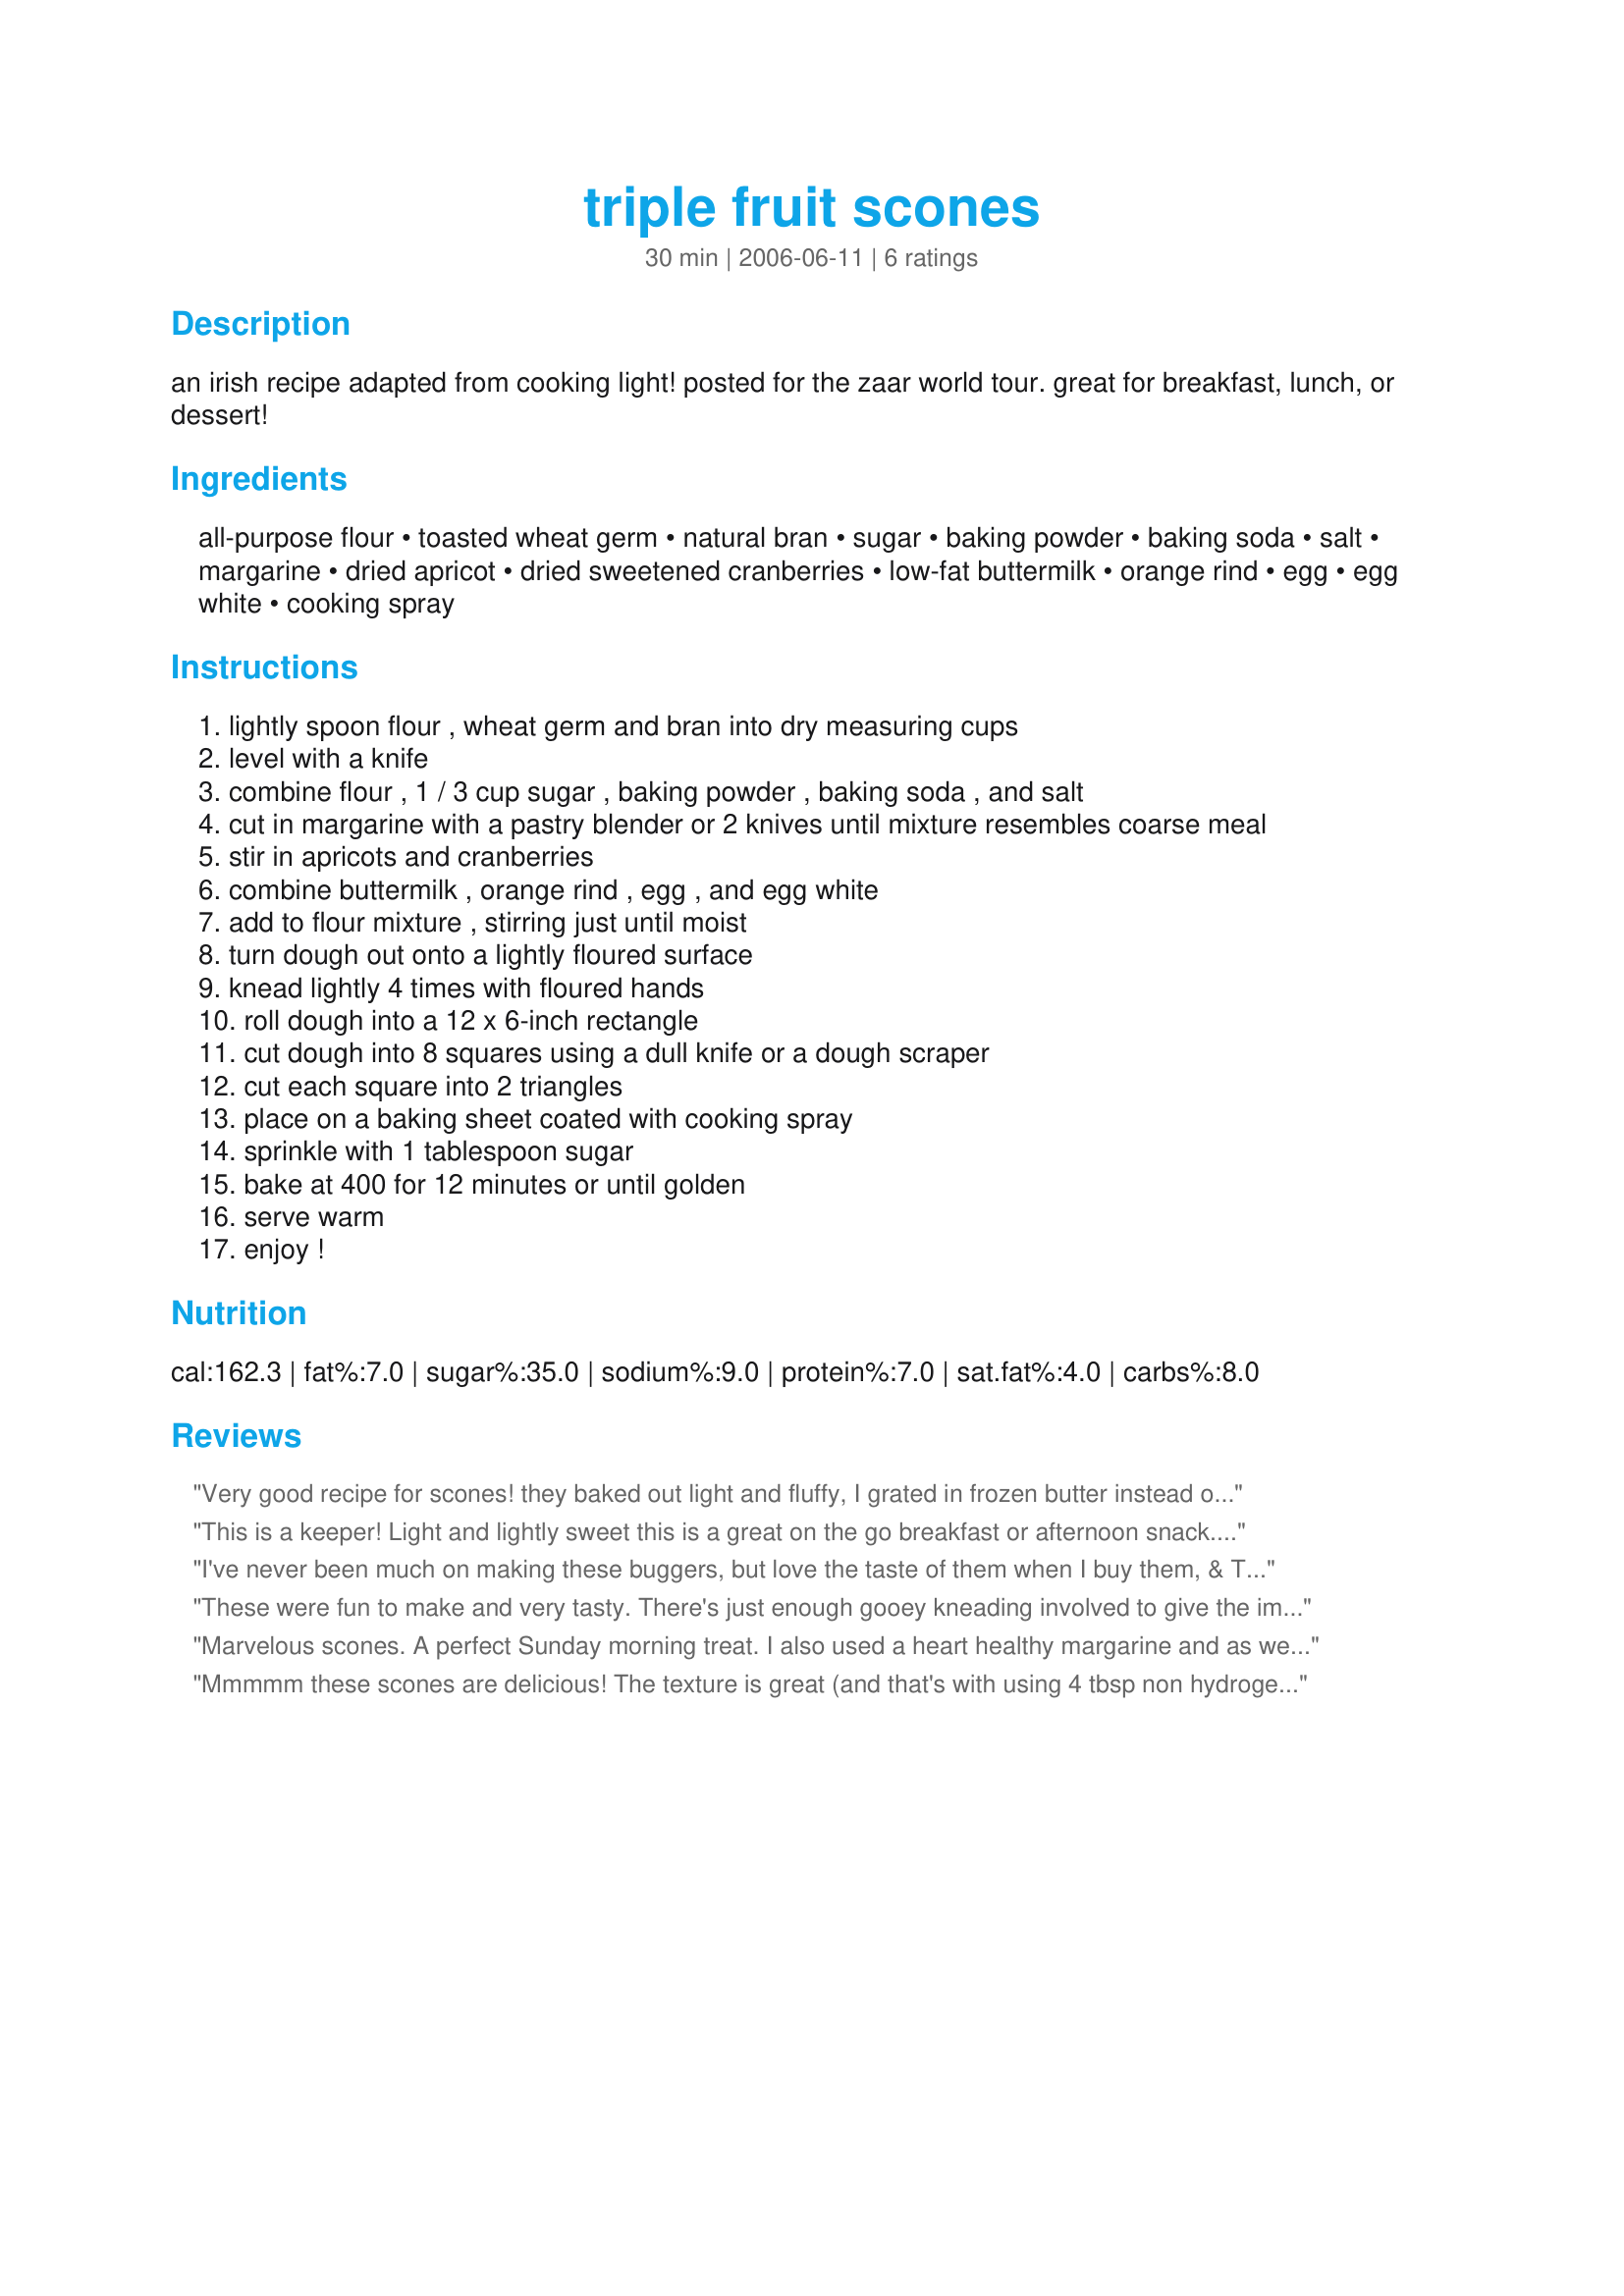
triple fruit scones
Preparation time: 30 minutes

an irish recipe adapted from cooking light! posted for the zaar world tour. great for breakfast, lunch, or dessert!

Ingredients:
all-purpose flour, toasted wheat germ, natural bran, sugar, baking powder, baking soda, salt, margarine, dried apricot, dried sweetened cranberries, low-fat buttermilk, orange rind, egg, egg white, cooking spray

Steps:
lightly spoon flour , wheat germ and bran into dry measuring cups
level with a knife
combine flour , 1 / 3 cup sugar , baking powder , baking soda , and salt
cut in margarine with a pastry blender or 2 knives until mixture resembles coarse meal
stir in apricots and cranberries
combine buttermilk , orange rind , egg , and egg white
add to flour mixture , stirring just until moist
turn dough out onto a lightly floured surface
knead lightly 4 times with floured hands
roll dough into a 12 x 6-inch rectangle
cut dough into 8 squares using a dull knife or a dough scraper
cut each square into 2 triangles
place on a baking sheet coated with cooking spray
sprinkle with 1 tablespoon sugar
bake at 400 for 12 minutes or until golden
serve warm
enjoy !

Reviews:
Very good recipe for scones! they baked out light and fluffy, I grated in frozen butter instead of mixing in with my fingers something I have done for a long time lol! thanks for sharing Sharon!...Kitten:)
This is a keeper! Light and lightly sweet this is a great on the go breakfast or afternoon snack. I didn't have wheat germ and used rice bran and it worked great. I think in the future I'll try the Whole wheat flour and maybe adding some brewer's yeast for more protein. I can't wait to try freezing them. I think they'll do great and will be a wonderful OAMC breakfast dish when I'm pregnant and hate to cook!
I've never been much on making these buggers, but love the taste of them when I buy them, & THESE ARE WONDERFUL! I didn't use the wheat germ or the bran this time, but fully intend to include them another time, as I'd like to know the difference in taste! Oh, yes, I also used a very rounded 1/3 cup of cranberries! Thanks for sharing! [Tagged, made & reviewed in Zaar Stars Recipe tag game]
These were fun to make and very tasty. There's just enough gooey kneading involved to give the impression of hard work, while not making an absolute mess of the kitchen. The texture was very somewhat flaky and very pleasing. They were quite moist and paired will with lemon and orange curds. These will be on the breakfast menu again.
Marvelous scones. A perfect Sunday morning treat. I also used a heart healthy margarine and as well used half white and half whole wheat flours, double the wheat germ and no bran (didn't have any) and Splenda for the sugar. Currants were subbed for the cranberries. The orange is a delight and mixes well with the other flavors. Even with my heavier flour mix they are light textured and just plain yummy. Made for Photo Tag.
Mmmmm these scones are delicious! The texture is great (and that's with using 4 tbsp non hydrogenated light margarine!) and the little morsels of fruit is such a treat. The orange flavor from the zest pulls it all together. I did have to add a bit more flour in order to roll it out but that tends to be normal for me when making scones. I will defintely be making these again. A must try recipe.
